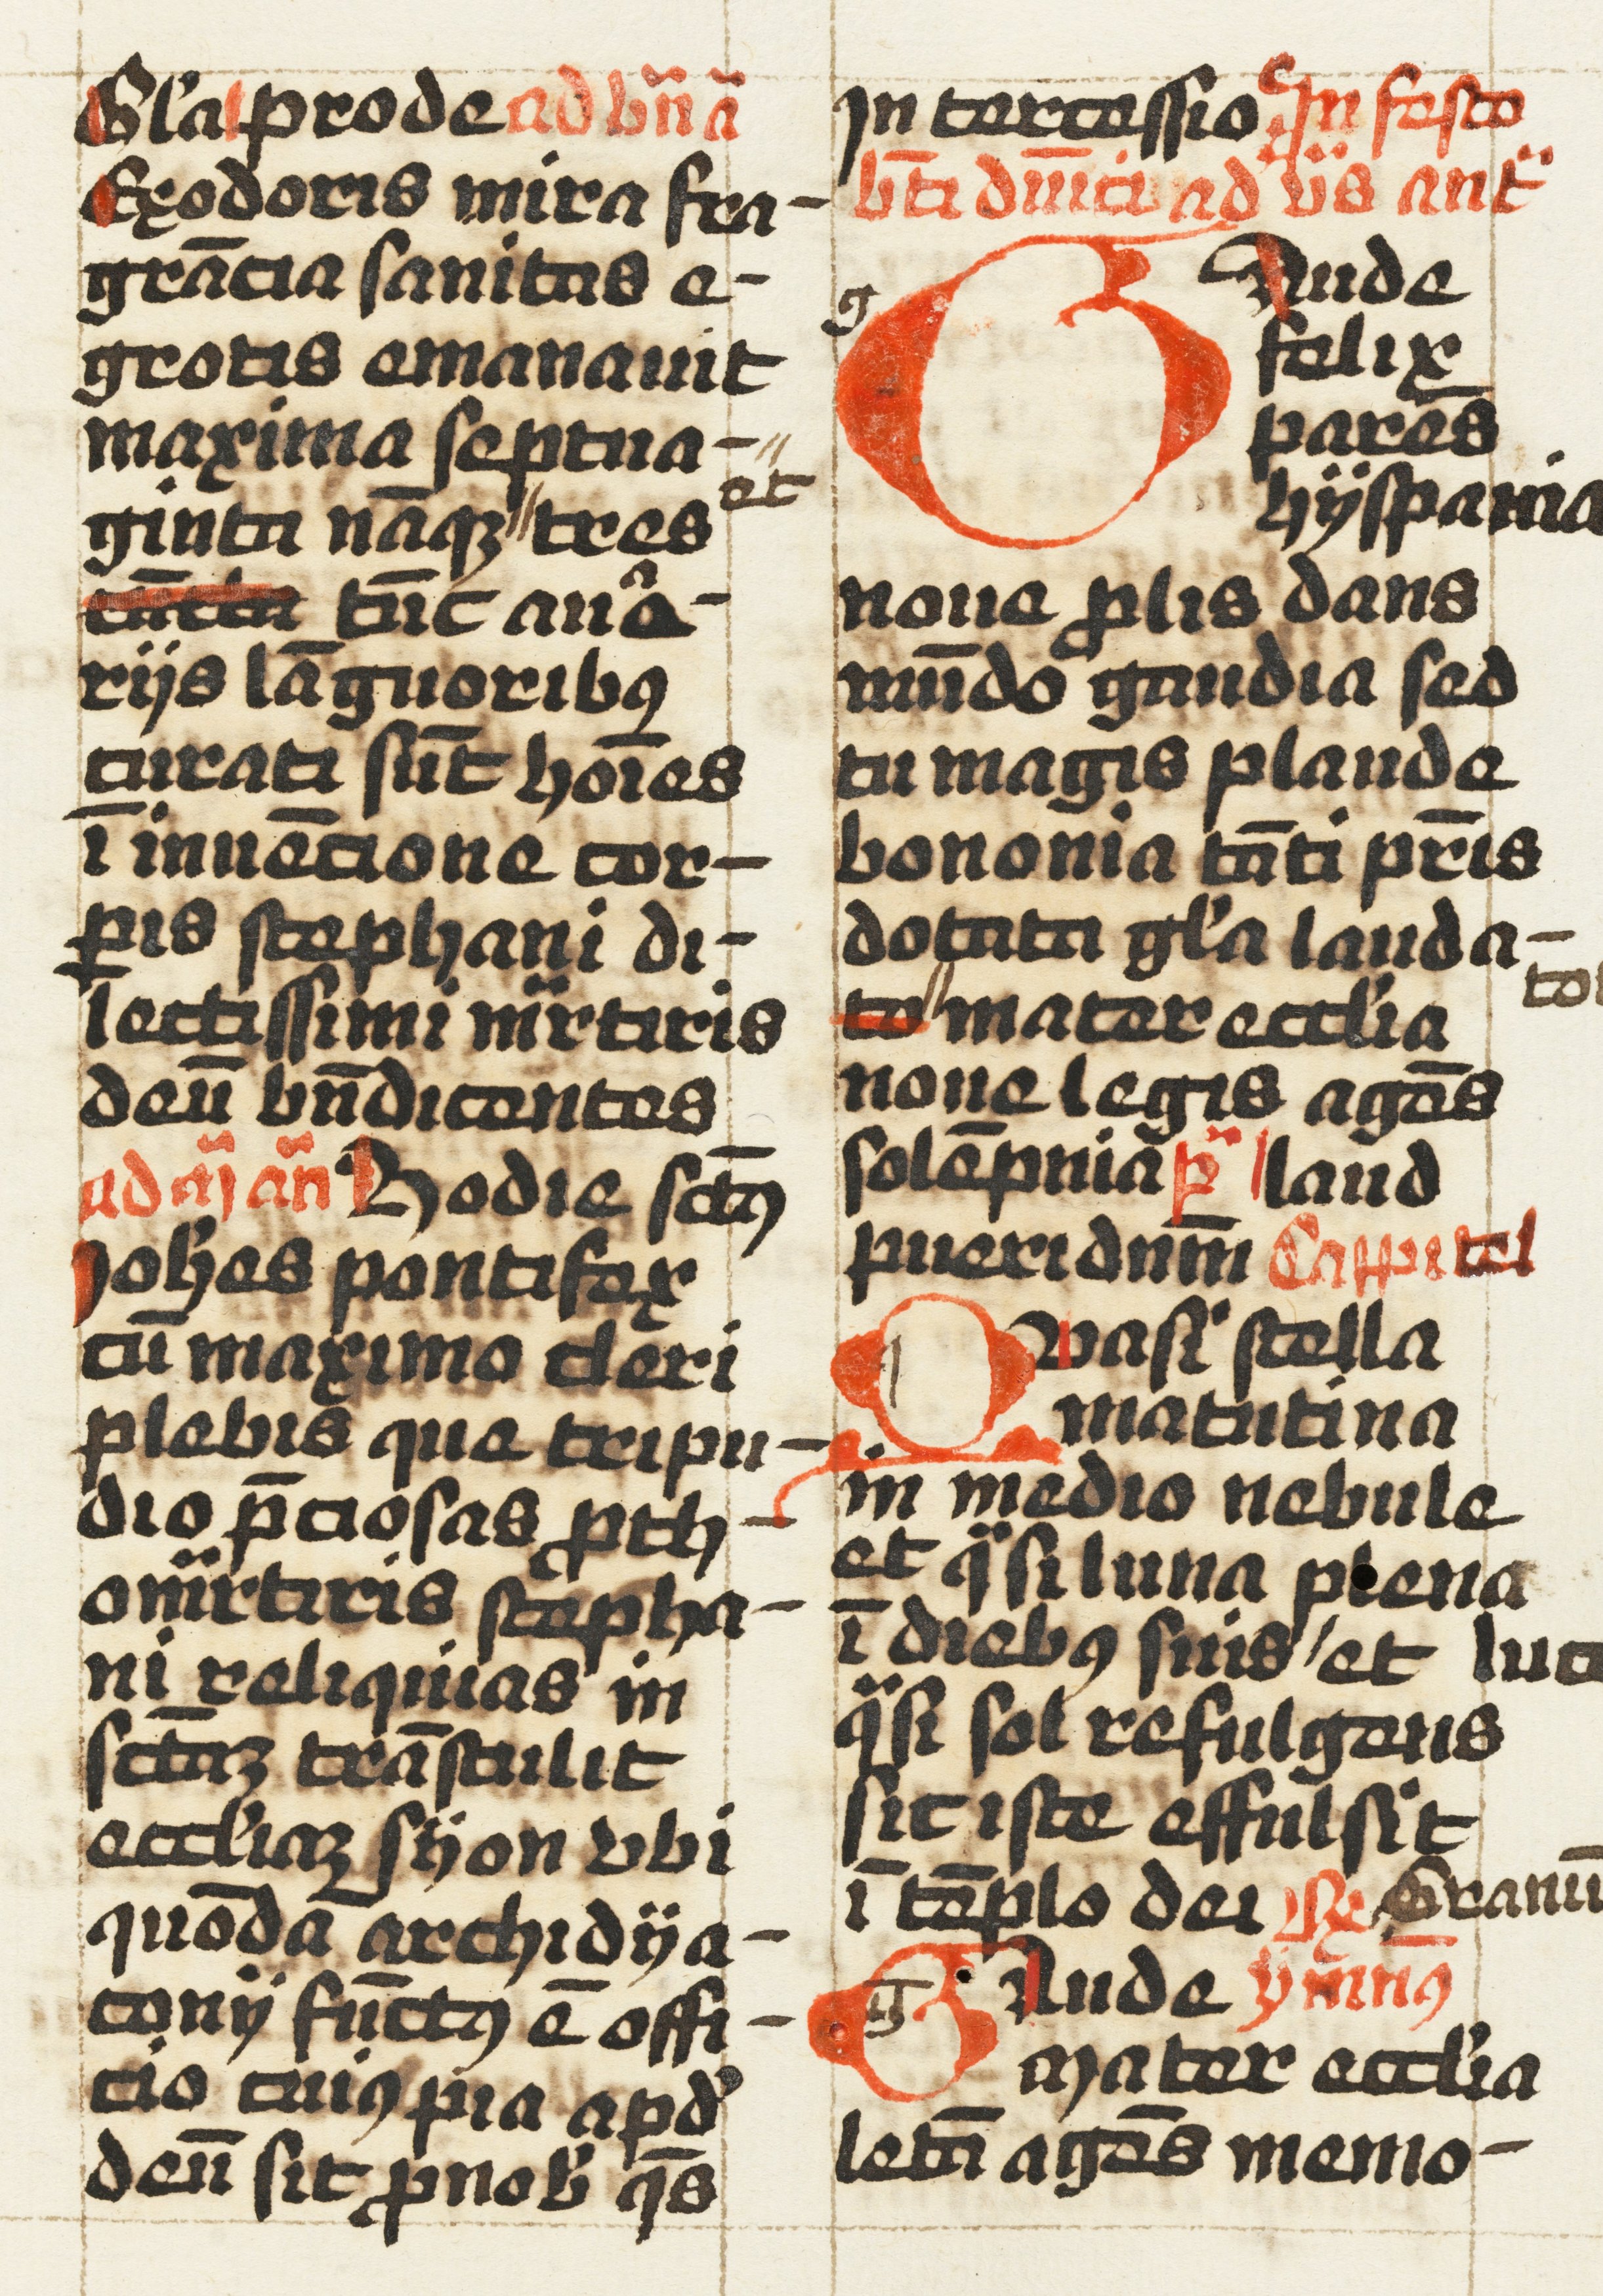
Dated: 1457–1498